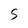
Character: S